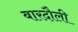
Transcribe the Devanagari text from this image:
बारदौली